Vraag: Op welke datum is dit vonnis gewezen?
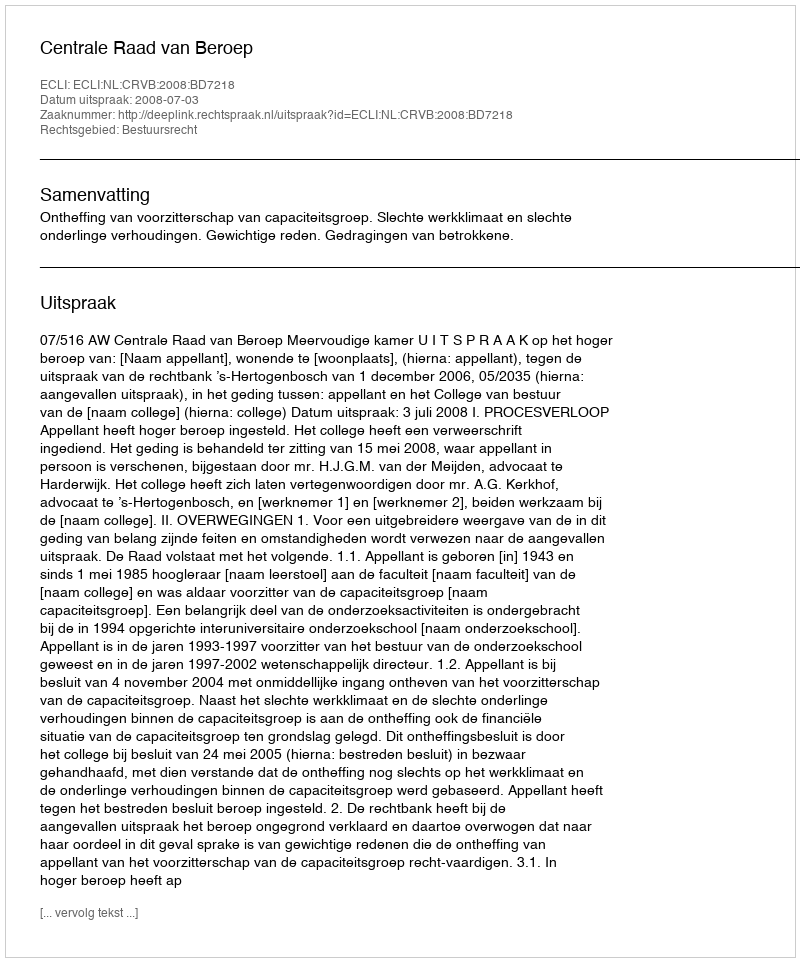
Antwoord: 2008-07-03